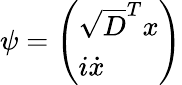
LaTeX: \psi=\left(\begin{array}{l}{\sqrt{D}^{T}{x}}\\ {i\dot{x}}\end{array}\right)